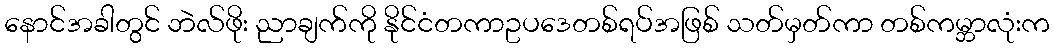
နောင်အခါတွင် ဘဲလ်ဖိုး ညာချက်ကို နိုင်ငံတကာဥပဒေတစ်ရပ်အဖြစ် သတ်မှတ်ကာ တစ်ကမ္ဘာလုံးက